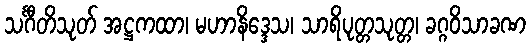
သင်္ဂီတိသုတ် အဋ္ဌကထာ၊ မဟာနိဒ္ဒေသ၊ သာရိပုတ္တသုတ္တ၊ ခဂ္ဂဝိသာခဏ